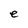
Character: e